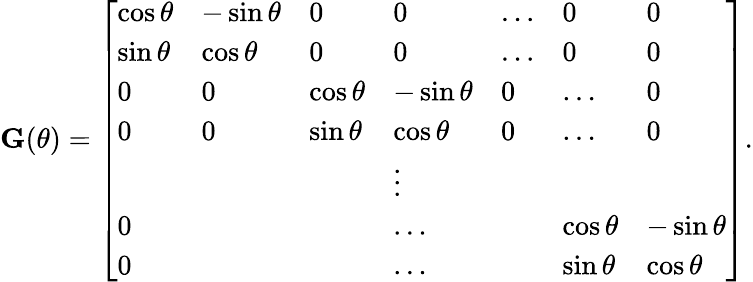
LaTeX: \mathbf G(\theta)=\left[\begin{array}{lllllll}{\cos{\theta}}&{-\sin{\theta}}&{0}&{0}&{\dots}&{0}&{0}\\ {\sin{\theta}}&{\cos{\theta}}&{0}&{0}&{\dots}&{0}&{0}\\ {0}&{0}&{\cos{\theta}}&{-\sin{\theta}}&{0}&{\dots}&{0}\\ {0}&{0}&{\sin{\theta}}&{\cos{\theta}}&{0}&{\dots}&{0}\\ &&&{\vdots}\\ {0}&&&{\dots}&&{\cos{\theta}}&{-\sin{\theta}}\\ {0}&&&{\dots}&&{\sin{\theta}}&{\cos{\theta}}\end{array}\right].